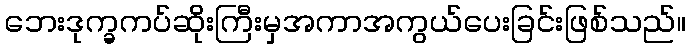
ဘေးဒုက္ခကပ်ဆိုးကြီးမှအကာအကွယ်ပေးခြင်းဖြစ်သည်။